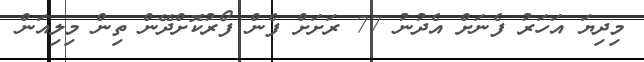
މިދިޔަ އަހަރު ފެނަށް އެދުނު 77 ރަށަށް ފެން ފޯރުކޮށްދޭން ތިން މިލިއަން